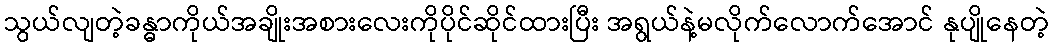
သွယ်လျတဲ့ခန္ဓာကိုယ်အချိုးအစားလေးကိုပိုင်ဆိုင်ထားပြီး အရွယ်နဲ့မလိုက်လောက်အောင် နုပျိုနေတဲ့